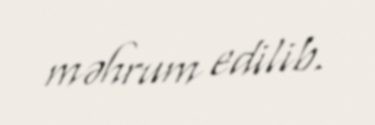
məhrum edilib.